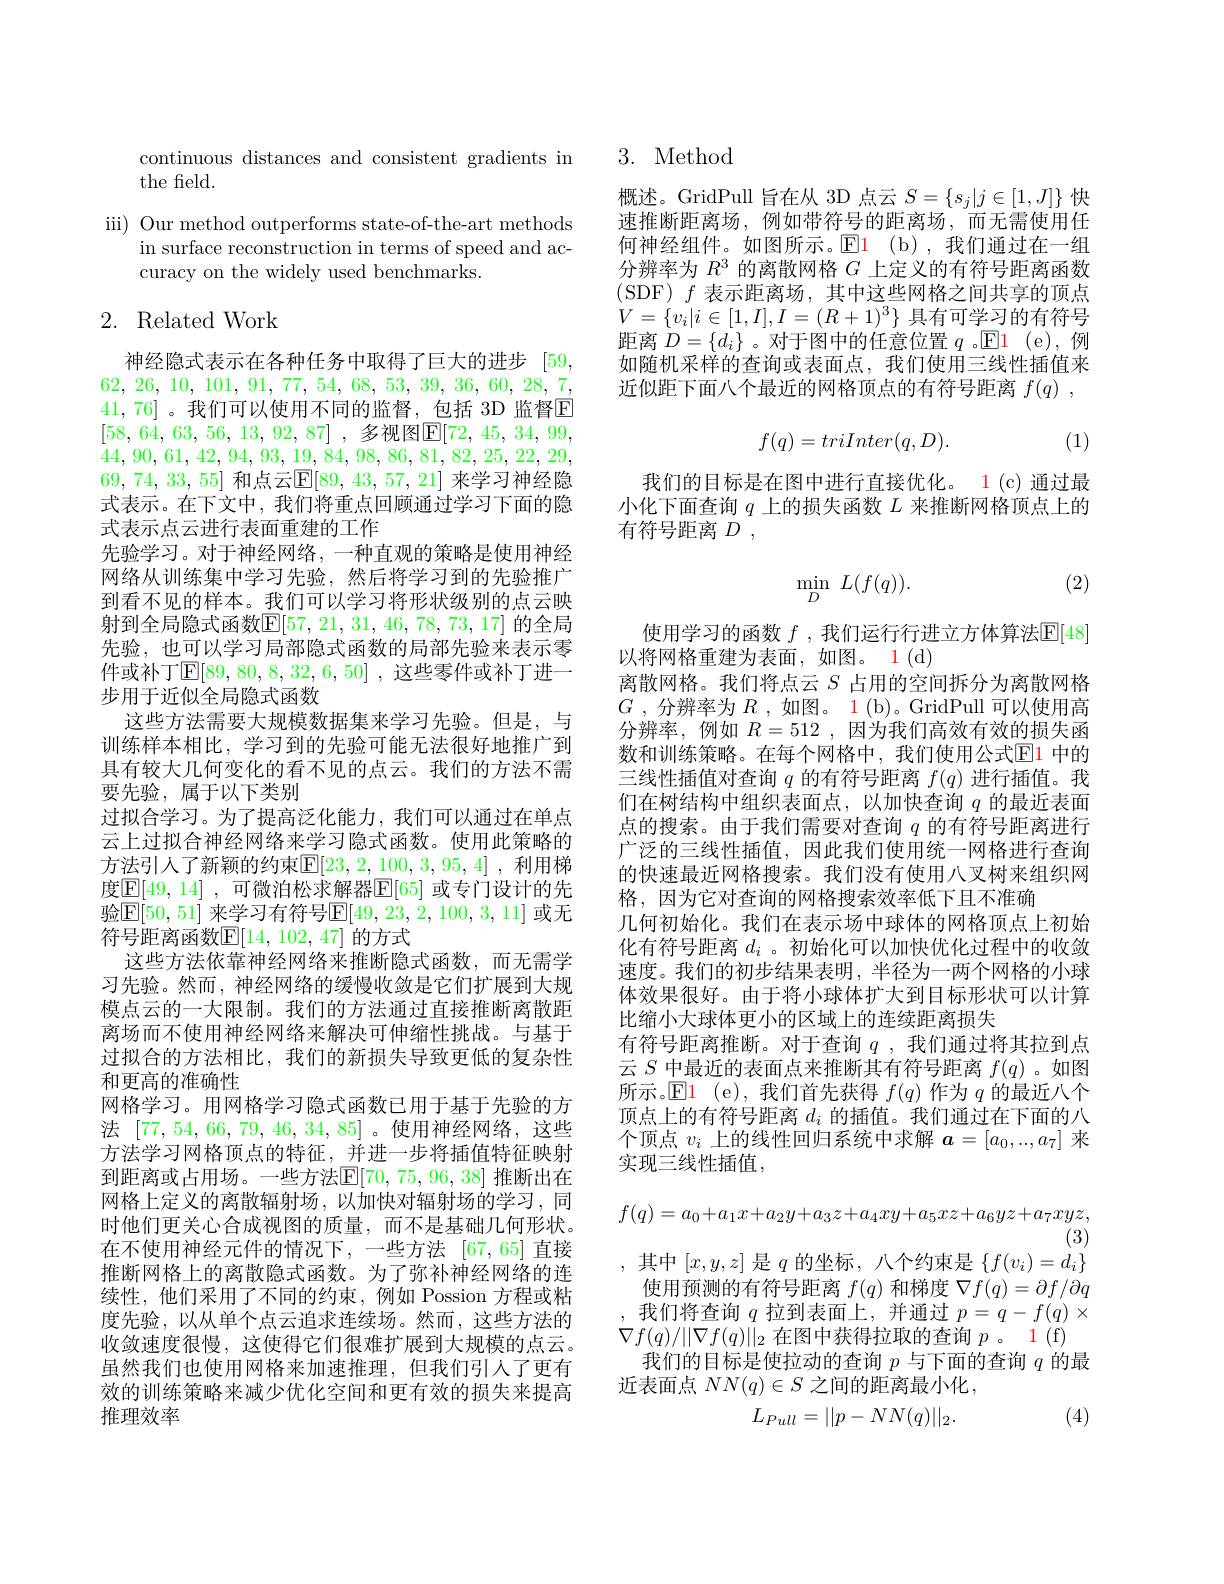
continuous distances and consistent gradients in
the field.

iii) Our method outperforms state-of-the-art methods
in surface reconstruction in terms of speed and ac-
curacy on the widely used benchmarks.

# 2. Related Work

神经隐式表示在各种任务中取得了巨大的进步[59, 62, 26, 10, 101, 91, 77, 54, 68, 53, 39, 36, 60, 28, 7, 41,76] 。我们可以使用不同的监督，包括 3D 监督$\overline{\mathrm{E}}$ [58, 64, 63, 56, 13, 92, 87] , 多 视 图 $\underline {\mathrm{E} }[ 72$, 45, 34, 99, 44, 90, 61, 42, 94, 93, 19, 84, 98, 86, 81, 82, 25, 22, 29, 69,74,33,55] 和点云$\mathbb{E}[89,43,57,21]$ 来学习神经隐式表示。在下文中，我们将重点回顾通过学习下面的隐式表示点云进行表面重建的工作
先验学习。对于神经网络，一种直观的策略是使用神经网络从训练集中学习先验，然后将学习到的先验推广到看不见的样本。我们可以学习将形状级别的点云映射到全局隐式函数$\mathbb{E}[57,21,31,46,78,73,17]$ 的全局先验，也可以学习局部隐式函数的局部先验来表示零件或补丁$\mathbb{E}[89,80,8,32,6,50]$,这些零件或补丁进一步用于近似全局隐式函数
这些方法需要大规模数据集来学习先验。但是，与训练样本相比，学习到的先验可能无法很好地推广到具有较大几何变化的看不见的点云。我们的方法不需要先验，属于以下类别
过拟合学习。为了提高泛化能力，我们可以通过在单点云上过拟合神经网络来学习隐式函数。使用此策略的方法引人了新颖的约束$\mathbb{E}[23,2,100,3,95,4]$,利用梯度$\mathbb{E} [ 49, 14]$ , 可微泊松求解器$\mathbb{E}[65]$ 或专门设计的先验$\boxed{\mathrm{E}[50,51]\text{ 来学习有符号}\mathbb{E}[49,23,2,100,3,11]\text{ 或无}}$ 符号距离函数$\mathbb{E}[14,102,47]$ 的方式
这些方法依靠神经网络来推断隐式函数，而无需学习先验。然而，神经网络的缓慢收敛是它们扩展到大规模点云的一大限制。我们的方法通过直接推断离散距离场而不使用神经网络来解决可伸缩性挑战。与基于过拟合的方法相比，我们的新损失导致更低的复杂性和更高的准确性
网格学习。用网格学习隐式函数已用于基于先验的方法[77,54,66,79,46,34,85] 。使用神经网络，这些方法学习网格顶点的特征，并进一步将插值特征映射到距离或占用场。一些方法$\mathbb{E}[70,75,96,38]$ 推断出在网格上定义的离散辐射场，以加快对辐射场的学习，同时他们更关心合成视图的质量，而不是基础几何形状。在不使用神经元件的情况下，一些方法 [67,65] 直接推断网格上的离散隐式函数。为了弥补神经网络的连续性，他们采用了不同的约束，例如 Possion 方程或粘度先验，以从单个点云追求连续场。然而，这些方法的收敛速度很慢，这使得它们很难扩展到大规模的点云。虽然我们也使用网格来加速推理，但我们引人了更有效的训练策略来减少优化空间和更有效的损失来提高推理效率

3. Method

概述。GridPull 旨在从 3D 点云$S=\{s_j|j\in[1,J]\}$快速推断距离场，例如带符号的距离场，而无需使用任何神经组件。如图所示。$\mathbb{E}$l(b),我们通过在一组分辨率为$R^3$的离散网格$G$上定义的有符号距离函数(SDF)$f$表示距离场，其中这些网格之间共享的顶点$V=\{v_i|i\in[1,I],I=(R+1)^3\}$具有可学习的有符号距离$D=\{d_i\}$ 。对于图中的任意位置$q$ 。$\mathsf{E}\color{red}1$ (e),例如随机采样的查询或表面点，我们使用三线性插值来近似距下面八个最近的网格顶点的有符号距离$f( q)$ ,
$$f(q)=triInter(q,D).$$
(1)

我们的目标是在图中进行直接优化。1 (c) 通过最小化下面查询$q$上的损失函数$L$来推断网格顶点上的有符号距离$D$ ,

(2)
$$\min_{D}\:L(f(q)).$$
使用学习的函数 $f$ , 我们运行行进立方体算法$\mathbb{E}[48]$
以将网格重建为表面，如图。1(d)
离散网格。我们将点云$S$占用的空间拆分为离散网格$G$ , 分辨率为 $R$ , 如图。1(b)。GridPull 可以使用高分辨率，例如$R=512$ ,因为我们高效有效的损失函数和训练策略。在每个网格中，我们使用公式$\boxed{\mathrm{E}}1$ 中的三线性插值对查询$q$的有符号距离$f(q)$进行插值。我们在树结构中组织表面点，以加快查询$q$的最近表面点的搜索。由于我们需要对查询$q$的有符号距离进行广泛的三线性插值，因此我们使用统一网格进行查询的快速最近网格搜索。我们没有使用八叉树来组织网格，因为它对查询的网格搜索效率低下且不准确
几何初始化。我们在表示场中球体的网格顶点上初始化有符号距离$d_i$ 。初始化可以加快优化过程中的收敛速度。我们的初步结果表明，半径为一两个网格的小球体效果很好。由于将小球体扩大到目标形状可以计算比缩小大球体更小的区域上的连续距离损失
有符号距离推断。对于查询$q$ ,我们通过将其拉到点云$S$中最近的表面点来推断其有符号距离$f(q)$ 。如图所示。$\operatorname{El}$ (e),我们首先获得$f(q)$作为$q$的最近八个顶点上的有符号距离$d_i$的插值。我们通过在下面的八个顶点$v_i$上的线性回归系统中求解$a=[a_0,..,a_7]$来实现三线性插值，
$$f(q)=a_0+a_1x+a_2y+a_3z+a_4xy+a_5xz+a_6yz+a_7xyz,$$
$\bar{(}3)$
,其中$[x,y,z]$是$q$的坐标，八个约束是$\{f(v_i)=d_i\}$
使用预测的有符号距离$f(q)$和梯度$\nabla f(q)=\partial f/\partial q$ 我们将查询$q$拉到表面上，并通过$p=q-f(q)\times$ $\nabla f(q)/||\nabla f(q)||_2$在图中获得拉取的查询$p$ 。1 (f)
我们的目标是使拉动的查询$p$与下面的查询$q$的最
近表面点$NN(q)\in S$之间的距离最小化，
$$L_{Pull}=||p-NN(q)||_2.$$
(4)